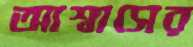
আশ্বাসের